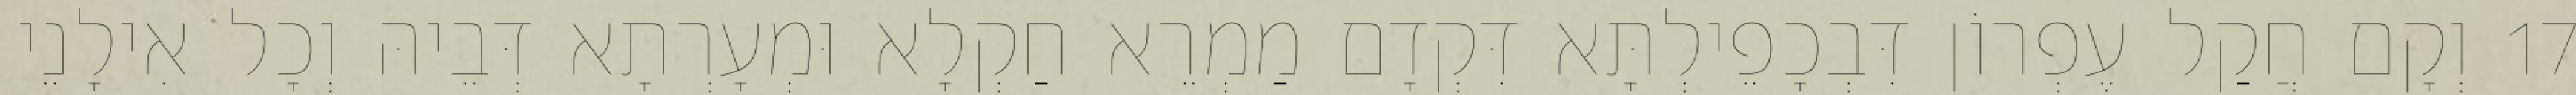
17 וְקָם חֲקַל עֶפְרוֹן דִּבְכָפֵילְתָּא דִּקְדָם מַמְרֵא חַקְלָא וּמְעָרְתָא דְּבֵיהּ וְכָל אִילָנֵי